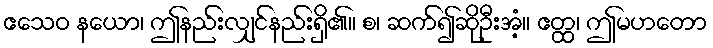
ဧသေဝ နယော၊ ဤနည်းလျှင်နည်းရှိ၏။ စ၊ ဆက်၍ဆိုဦးအံ့။ ဧတ္ထ၊ ဤမဟတော